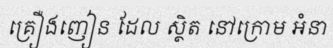
គ្រឿងញៀន ដែល ស្ថិត នៅក្រោម អំនា